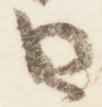
日